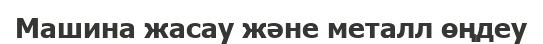
Машина жасау және металл өңдеу